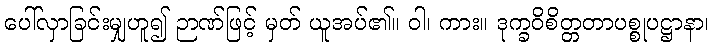
ပေါ်လှာခြင်းမျှဟူ၍ ဉာဏ်ဖြင့် မှတ် ယူအပ်၏။ ဝါ၊ ကား။ ဒုက္ခဝိစိတ္တတာပစ္စုပဋ္ဌာနာ၊